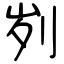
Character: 刿